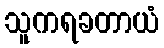
သူကရခတာယံ